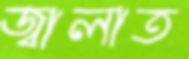
জ্বালাত